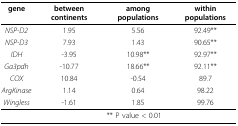
<table><thead><tr><td><b>gene</b></td><td><b>between continents</b></td><td><b>among populations</b></td><td><b>within populations</b></td></tr></thead><tbody><tr><td><i>NSP-D2</i></td><td>1.95</td><td>5.56</td><td>92.49**</td></tr><tr><td><i>NSP-D3</i></td><td>7.93</td><td>1.43</td><td>90.65**</td></tr><tr><td><i>IDH</i></td><td>-3.95</td><td>10.98**</td><td>92.97**</td></tr><tr><td><i>Ga3pdh</i></td><td>-10.77</td><td>18.66**</td><td>92.11**</td></tr><tr><td><i>COX</i></td><td>10.84</td><td>-0.54</td><td>89.7</td></tr><tr><td><i>ArgKinase</i></td><td>1.14</td><td>0.64</td><td>98.22</td></tr><tr><td><i>Wingless</i></td><td>-1.61</td><td>1.85</td><td>99.76</td></tr><tr><td></td><td></td><td>** P value &lt; 0.01</td><td></td></tr></tbody></table>